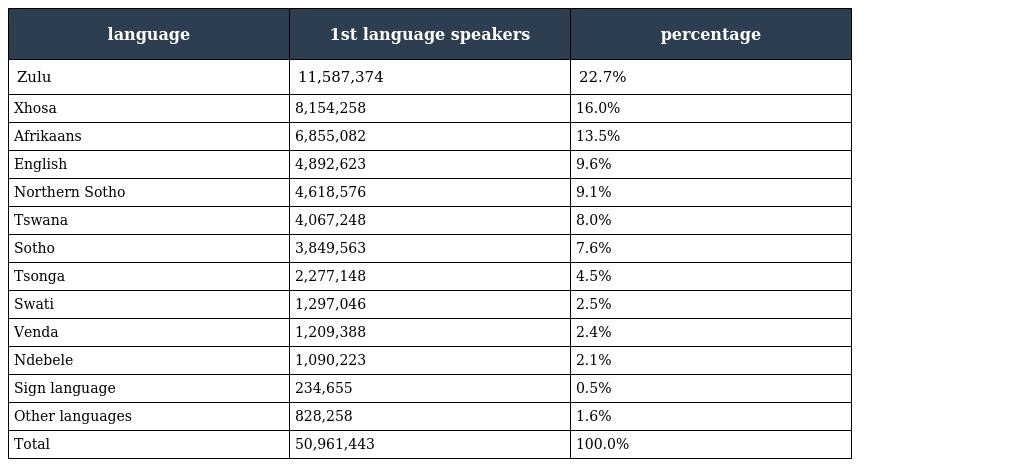
| language | 1st language speakers | percentage |
 | --- | --- | --- |
 | Zulu | 11,587,374 | 22.7% |
 | Xhosa | 8,154,258 | 16.0% |
 | Afrikaans | 6,855,082 | 13.5% |
 | English | 4,892,623 | 9.6% |
 | Northern Sotho | 4,618,576 | 9.1% |
 | Tswana | 4,067,248 | 8.0% |
 | Sotho | 3,849,563 | 7.6% |
 | Tsonga | 2,277,148 | 4.5% |
 | Swati | 1,297,046 | 2.5% |
 | Venda | 1,209,388 | 2.4% |
 | Ndebele | 1,090,223 | 2.1% |
 | Sign language | 234,655 | 0.5% |
 | Other languages | 828,258 | 1.6% |
 | Total | 50,961,443 | 100.0% |